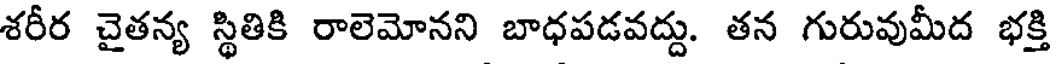
శరీర చైతన్య స్థితికి రాలెమోనని బాధపడవద్దు. తన గురువుమీద భక్తి